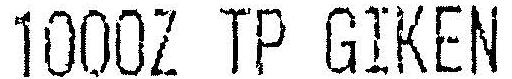
1000Z TP GIKEN